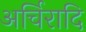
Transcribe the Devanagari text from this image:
अर्चिरादि